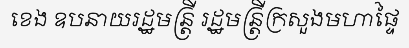
ខេង ឧបនាយរដ្ឋមន្ត្រី រដ្ឋមន្ត្រីក្រសួងមហាផ្ទៃ